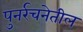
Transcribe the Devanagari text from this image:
पुनर्रचनेतील